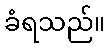
ခံရသည်။